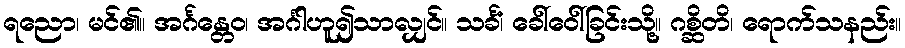
ရညော၊ မင်၏။ အင်္ဂန္တေဝ၊ အင်္ဂါဟူ၍သာလျှင်။ သင်္ခံ၊ ခေါ်ဝေါ်ခြင်းသို့။ ဂစ္ဆိတိ၊ ရောက်သနည်း။